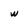
Character: w